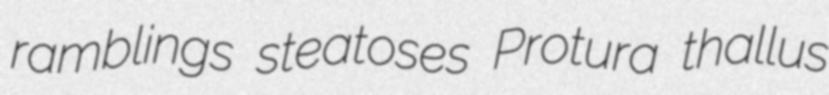
ramblings steatoses Protura thallus